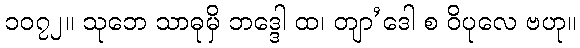
၁၀၇၂။ သုဘေ သာဓုမှိ ဘဒ္ဒေါ ထ၊ တျာ’ဒေါ စ ဝိပုလေ ဗဟု။